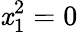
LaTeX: \mathit{x}_{1}^{2}=0